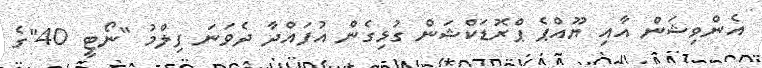
އެންވިޝަން އާއި ޔޫއްޕެ ޕްރޮޑަކްޝަން ގުޅިގެން އުފައްދާ ދެވަނަ ފިލްމު "ނޯޓީ 40"ގެ